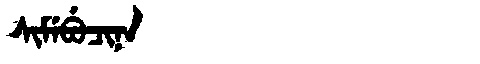
Manchu: ᠰᡳᠮᡝᠪᡠᠴᡳᠨᠠ
Romanization: SIMEBUCINA